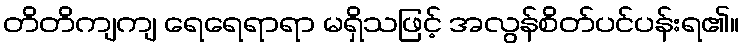
တိတိကျကျ ရေရေရာရာ မရှိသဖြင့် အလွန်စိတ်ပင်ပန်းရ၏။